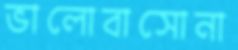
ভালোবাসোনা